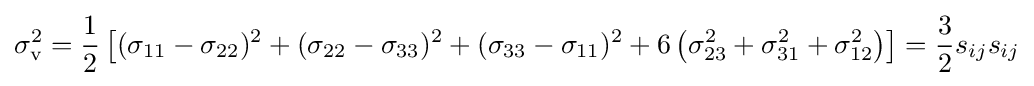
\sigma _{\text{v}}^{2}={\frac {1}{2}}\left[(\sigma _{11}-\sigma _{22})^{2}+(\sigma _{22}-\sigma _{33})^{2}+(\sigma _{33}-\sigma _{11})^{2}+6\left(\sigma _{23}^{2}+\sigma _{31}^{2}+\sigma _{12}^{2}\right)\right]={\frac {3}{2}}s_{ij}s_{ij}